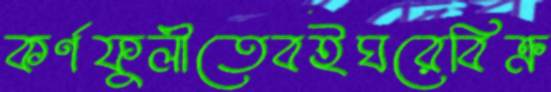
কর্ণফুলীতেবইঘরেবিক্র